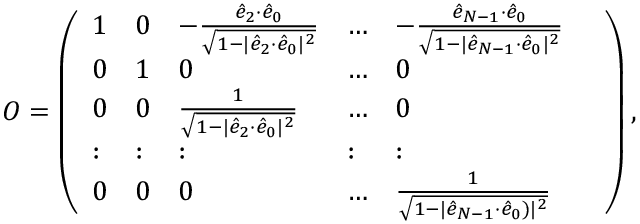
\begin{array} { r } { \! O = \left( \begin{array} { l l l l l l } { 1 } & { 0 } & { - \frac { \hat { e } _ { 2 } { \cdot } \hat { e } _ { 0 } } { \sqrt { 1 - | \hat { e } _ { 2 } { \cdot } \hat { e } _ { 0 } | ^ { 2 } } } } & { \dots } & { - \frac { \hat { e } _ { N - 1 } { \cdot } \hat { e } _ { 0 } } { \sqrt { 1 - | \hat { e } _ { N - 1 } { \cdot } \hat { e } _ { 0 } | ^ { 2 } } } } & \\ { 0 } & { 1 } & { 0 } & { \dots } & { 0 } \\ { 0 } & { 0 } & { \frac { 1 } { \sqrt { 1 - | \hat { e } _ { 2 } { \cdot } \hat { e } _ { 0 } | ^ { 2 } } } } & { \dots } & { 0 } \\ { : } & { : } & { : } & { : } & { : } \\ { 0 } & { 0 } & { 0 } & { \dots } & { \frac { 1 } { \sqrt { 1 - | \hat { e } _ { N - 1 } { \cdot } \hat { e } _ { 0 } ) | ^ { 2 } } } } \end{array} \right) , } \end{array}